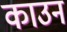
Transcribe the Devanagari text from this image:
काउन